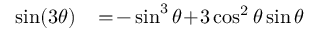
\begin{array} { r l } { \sin ( 3 \theta ) \! } & { { } = \! - \sin ^ { 3 } \theta \! + \! 3 \cos ^ { 2 } \theta \sin \theta } \end{array}